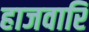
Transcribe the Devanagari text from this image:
हाजवारि